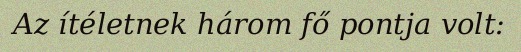
Az ítéletnek három fő pontja volt: